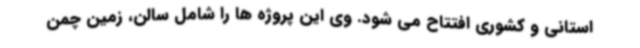
استانی و کشوری افتتاح می شود. وی این پروژه ها را شامل سالن، زمین چمن